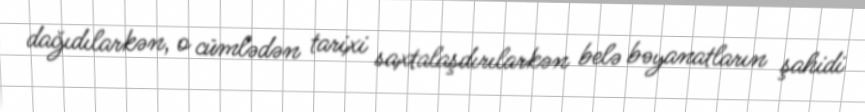
dağıdılarkən, o cümlədən tarixi saxtalaşdırılarkən belə bəyanatların şahidi